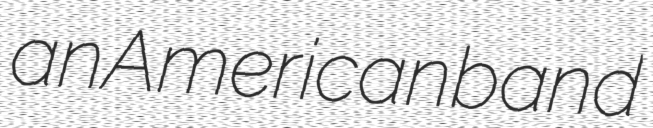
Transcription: an American band